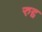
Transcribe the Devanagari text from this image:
रुद्द